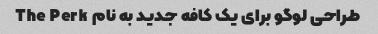
طراحی لوگو برای یک کافه جدید به نام The Perk